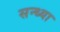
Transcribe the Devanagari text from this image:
सन्‍ध्‍या